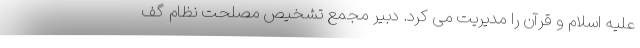
علیه اسلام و قرآن را مدیریت می کرد. دبیر مجمع تشخیص مصلحت نظام گف